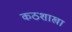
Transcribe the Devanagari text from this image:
कठशाखा